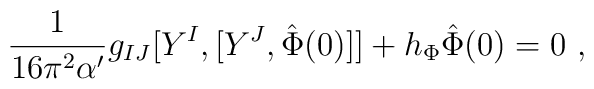
\frac{1}{16\pi^2\alpha'}g_{IJ}[Y^I,[Y^J,\hat{\Phi}(0)]]+h_{\Phi}\hat{\Phi}(0)=0  \ ,